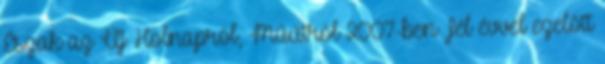
Észak az Új Holnapról, Műútról 2007-ben Fél évvel ezelőtt